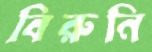
বিরুনি